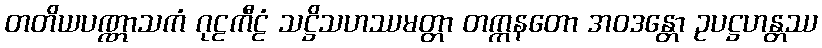
တတိယပဏ္ဏာသကံ ဂုဠကီဠံ သဋ္ဌိသဟဿမတ္တာ တက္ကနတော အဝဒန္တော ဥပဋ္ဌဟန္တဿ